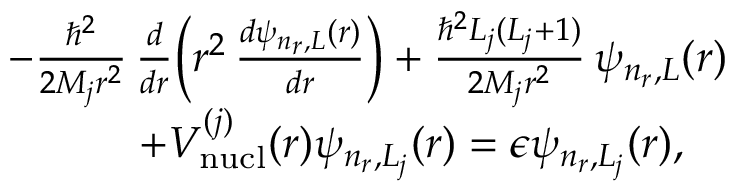
\begin{array} { r l r } & { } & { - \frac { \hbar ^ { 2 } } { 2 M _ { j } r ^ { 2 } } \, \frac { d } { d r } \bigg ( r ^ { 2 } \, \frac { d \psi _ { n _ { r } , L } ( r ) } { d r } \bigg ) + \frac { \hbar ^ { 2 } L _ { j } ( L _ { j } + 1 ) } { 2 M _ { j } r ^ { 2 } } \, \psi _ { n _ { r } , L } ( r ) } \\ & { } & { \; \; + V _ { \mathrm { n u c l } } ^ { ( j ) } ( r ) \psi _ { n _ { r } , L _ { j } } ( r ) = \epsilon \psi _ { n _ { r } , L _ { j } } ( r ) , \quad } \end{array}